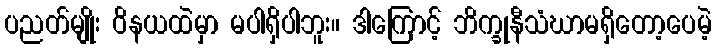
ပညတ်မျိုး ဝိနယထဲမှာ မပါရှိပါဘူး။ ဒါကြောင့် ဘိက္ခုနီသံဃာမရှိတော့ပေမဲ့